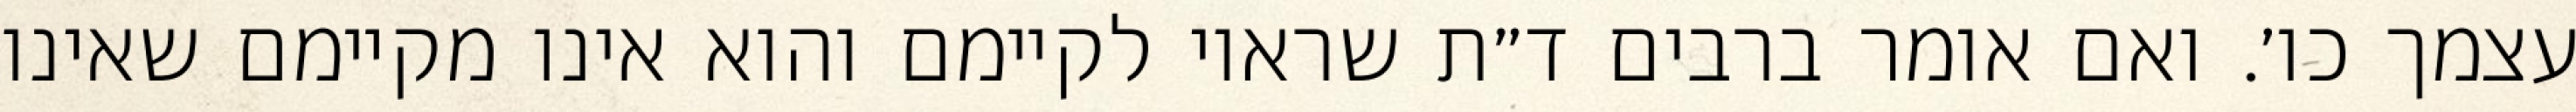
עצמך כו׳. ואם אומר ברבים ד״ת שראוי לקיימם והוא אינו מקיימם שאינו